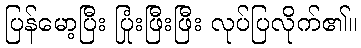
ပြန်မော့ပြီး ပြုံးဖြီးဖြီး လုပ်ပြလိုက်၏။